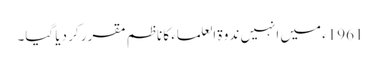
1961ء میں انہیں ندوۃ العلماء کا ناظم مقرر کر دیا گیا۔